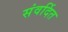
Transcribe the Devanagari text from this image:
संवर्दित